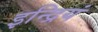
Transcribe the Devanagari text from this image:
इन्द्रियं